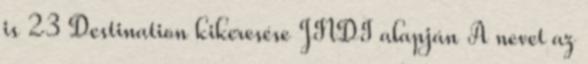
is 23 Destination kikeresése JNDI alapján A nevet az